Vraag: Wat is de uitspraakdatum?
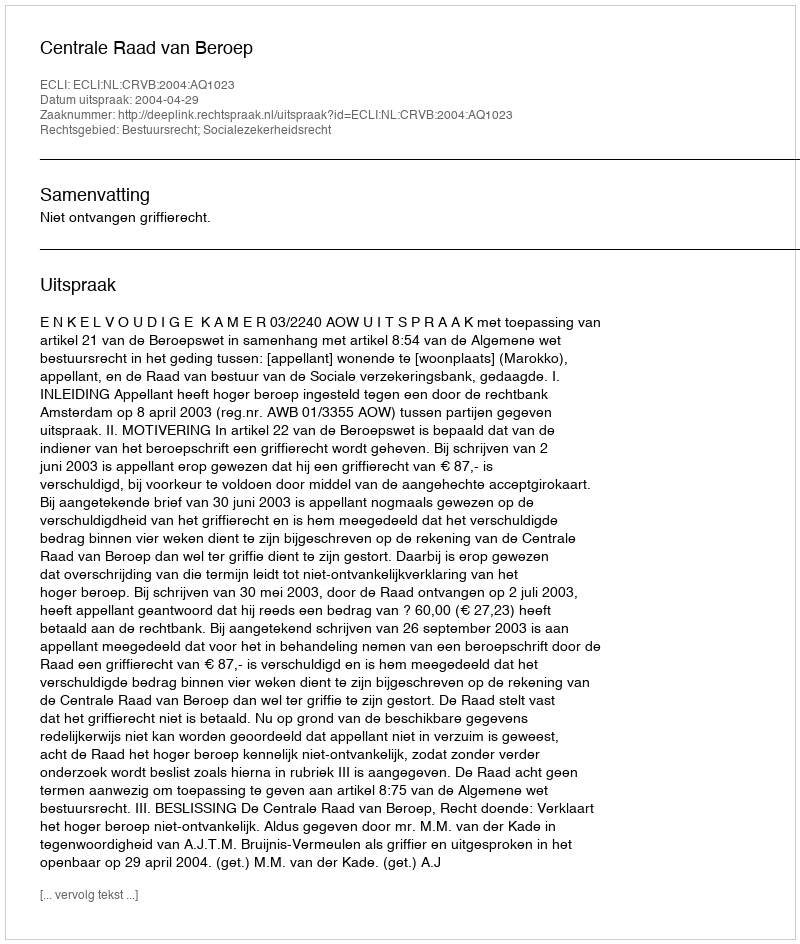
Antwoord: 2004-04-29